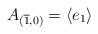
LaTeX: \begin{align*} A_{({\overline 1},0)}=\langle e_1 \rangle \end{align*}